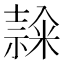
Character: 𥻳